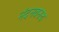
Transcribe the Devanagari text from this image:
नंदनवनच